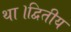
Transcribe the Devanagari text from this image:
था।द्वितीय